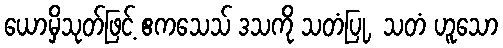
ယောမှိသုတ်ဖြင့် ဧကသေသ် ဒသကို သတံပြု, သတံ ဟူသော